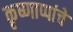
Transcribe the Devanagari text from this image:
कृष्णाप्पांचे